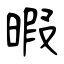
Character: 暇